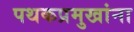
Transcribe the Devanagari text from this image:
पथकप्रमुखांना